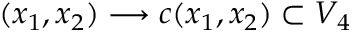
( x _ { 1 } , x _ { 2 } ) \longrightarrow c ( x _ { 1 } , x _ { 2 } ) \subset V _ { 4 }